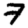
Digit: 7